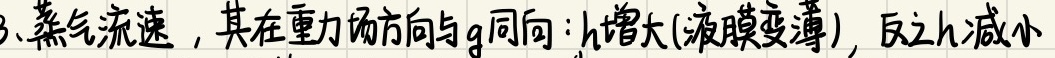
3、蒸气流速，其在重力场方向与\(g\)同向：\(h\)增大(液膜变薄)，反之\(h\)减小